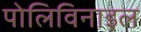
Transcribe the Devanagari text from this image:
पोलिविनाइल